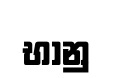
භානු